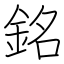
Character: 銘